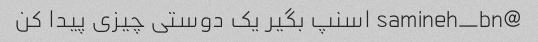
@samineh_bn اسنپ بگیر یک دوستی چیزی پیدا کن